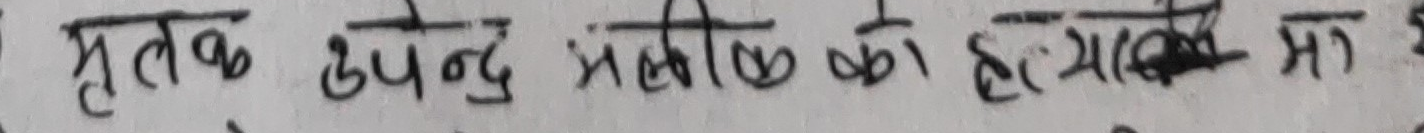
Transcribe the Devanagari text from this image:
मृतक उपेन्द्र अतीतको हकमा झै